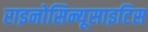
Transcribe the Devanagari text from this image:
राइनोसिन्यूसाइटिस